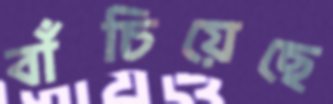
বাঁচিয়েছে